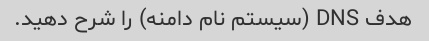
هدف DNS (سیستم نام دامنه) را شرح دهید.